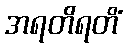
အရတိရတိံ